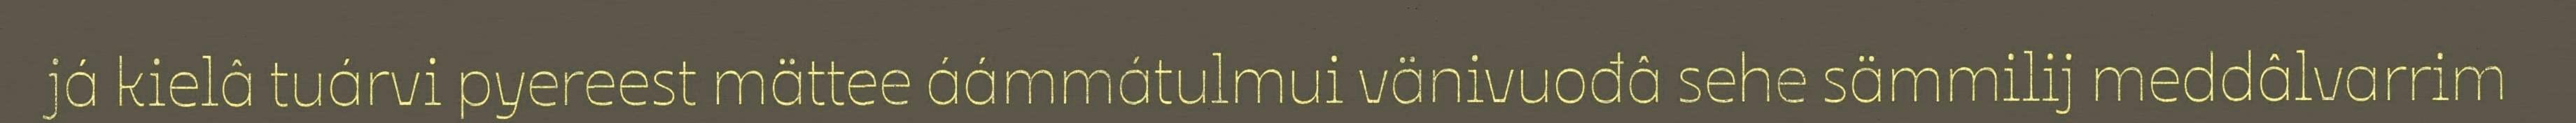
já kielâ tuárvi pyereest mättee áámmátulmui vänivuođâ sehe sämmilij meddâlvarrim